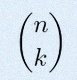
\binom{n}{k}